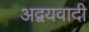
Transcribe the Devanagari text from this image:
अद्वयवादी